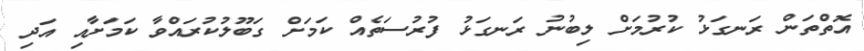
އޮތްތަން ރަނގަޅު ކުރުމަށް ލިބުނު ރަނގަޅު ފުރުސަތެއް ކަމަށް ގަބޫލުކުރައްވާ ކަމަށާއި އަދި